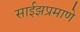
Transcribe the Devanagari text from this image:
साईझप्रमाणे